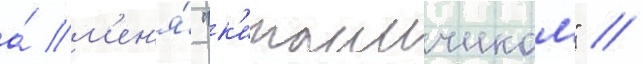
а́ м'ен'я́ "к'итаичиком" //